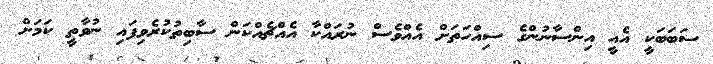
ސަބަބަކީ އެއީ އިންސާނުންގެ ސިއްހަތަށް އެއްވެސް ނުރައްކާ އެއްޗެއްކަން ސާބިތުކުރެވިފައި ނުވާތީ ކަމަށް